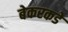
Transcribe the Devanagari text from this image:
बेकरकडे